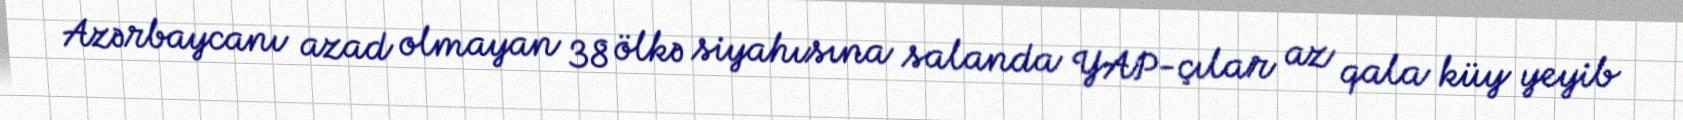
Azərbaycanı azad olmayan 38 ölkə siyahısına salanda YAP-çılar az qala küy yeyib